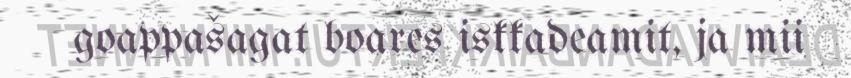
goappašagat boares iskkadeamit, ja mii